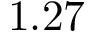
1 . 2 7